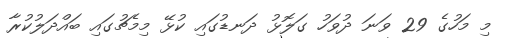
މި މަހުގެ 29 ވަނަ ދުވަހު ގަލޮޅު ދަނޑުގައި ކުޅޭ މިމެޗުގައި ބައްދަލުކުރާ